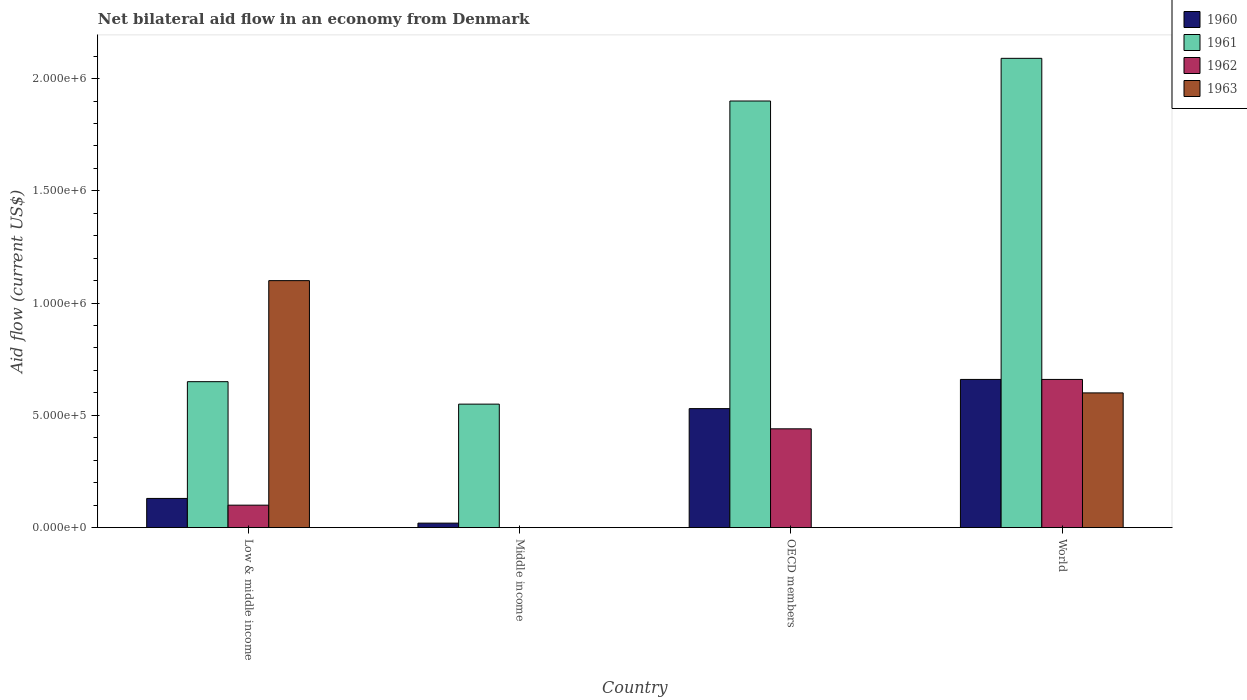
| Country | 1960 | 1961 | 1962 | 1963 |
 | --- | --- | --- | --- | --- |
 | Low & middle income | 1.3e+05 | 6.5e+05 | 1e+05 | 1.1e+06 |
 | Middle income | 2e+04 | 5.5e+05 | -1.2e+05 | -1e+05 |
 | OECD members | 5.3e+05 | 1.9e+06 | 4.4e+05 | -6e+05 |
 | World | 6.6e+05 | 2.09e+06 | 6.6e+05 | 6e+05 |